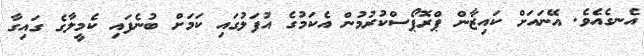
އެނގެއެވެ. އޭނައަށް ކައިޒާން ޕްރޮޕޯސްކުރުމުން އެކަމުގެ އުފަލުގައި ކަމަށް ބުނެފައި ކެމީލާގެ ގައިގާ